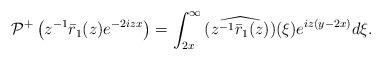
LaTeX: \begin{align*}\begin{aligned}\mathcal{P}^{+}\left(z^{-1}\bar{r}_1(z) e^{-2 i z x}\right)&=\int_{2x}^{\infty}\widehat{ (z^{-1}\bar{r}_1(z))}(\xi) e^{iz(y-2x) } d\xi.\end{aligned}\end{align*}